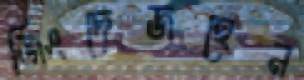
জিংদেজহেন